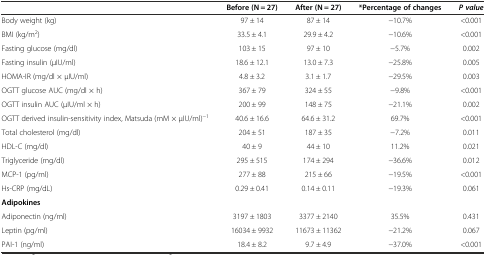
|  | Before (N = 27) | After (N = 27) | *Percentage of changes | P value |
 | --- | --- | --- | --- | --- |
 | Body weight (kg) | 97 ± 14 | 87 ± 14 | −10.7% | <0.001 |
 | BMI (kg/m2) | 33.5 ± 4.1 | 29.9 ± 4.2 | −10.6% | <0.001 |
 | Fasting glucose (mg/dl) | 103 ± 15 | 97 ± 10 | −5.7% | 0.002 |
 | Fasting insulin (μIU/ml) | 18.6 ± 12.1 | 13.0 ± 7.3 | −25.8% | 0.005 |
 | HOMA-IR (mg/dl × μIU/ml) | 4.8 ± 3.2 | 3.1 ± 1.7 | −29.5% | 0.003 |
 | OGTT glucose AUC (mg/dl × h) | 367 ± 79 | 324 ± 55 | −9.8% | <0.001 |
 | OGTT insulin AUC (μIU/ml × h) | 200 ± 99 | 148 ± 75 | −21.1% | 0.002 |
 | OGTT derived insulin-sensitivity index, Matsuda (mM × μIU/ml)−1 | 40.6 ± 16.6 | 64.6 ± 31.2 | 69.7% | <0.001 |
 | Total cholesterol (mg/dl) | 204 ± 51 | 187 ± 35 | −7.2% | 0.011 |
 | HDL-C (mg/dl) | 40 ± 9 | 44 ± 10 | 11.2% | 0.021 |
 | Triglyceride (mg/dl) | 295 ± 515 | 174 ± 294 | −36.6% | 0.012 |
 | MCP-1 (pg/ml) | 277 ± 88 | 215 ± 66 | −19.5% | <0.001 |
 | Hs-CRP (mg/dL) | 0.29 ± 0.41 | 0.14 ± 0.11 | −19.3% | 0.061 |
 | Adipokines |  |  |  |  |
 | Adiponectin (ng/ml) | 3197 ± 1803 | 3377 ± 2140 | 35.5% | 0.431 |
 | Leptin (pg/ml) | 16034 ± 9932 | 11673 ± 11362 | −21.2% | 0.067 |
 | PAI-1 (ng/ml) | 18.4 ± 8.2 | 9.7 ± 4.9 | −37.0% | <0.001 |